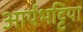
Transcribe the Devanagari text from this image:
आर्यभट्टिया